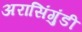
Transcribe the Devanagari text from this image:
अरासिंगुंडी